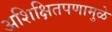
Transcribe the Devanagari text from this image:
अशिक्षितपणामुळे